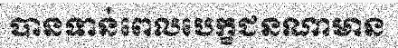
បានទាន់ពេលបេក្ខជនណាមាន